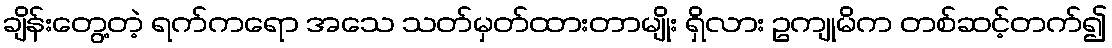
ချိန်းတွေ့တဲ့ ရက်ကရော အသေ သတ်မှတ်ထားတာမျိုး ရှိလား ဥကျုမိက တစ်ဆင့်တက်၍